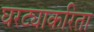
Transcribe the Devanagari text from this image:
घरट्याकरिता